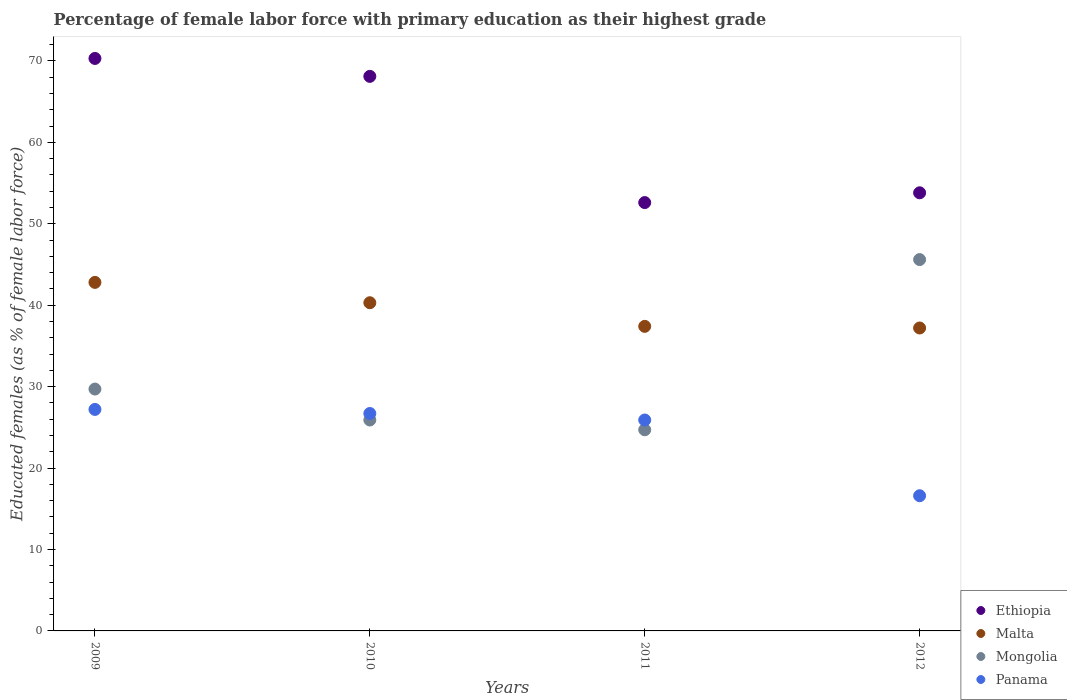
| Years | Ethiopia | Malta | Mongolia | Panama |
 | --- | --- | --- | --- | --- |
 | 2009 | 70.3 | 42.8 | 29.7 | 27.2 |
 | 2010 | 68.1 | 40.3 | 25.9 | 26.7 |
 | 2011 | 52.6 | 37.4 | 24.7 | 25.9 |
 | 2012 | 53.8 | 37.2 | 45.6 | 16.6 |